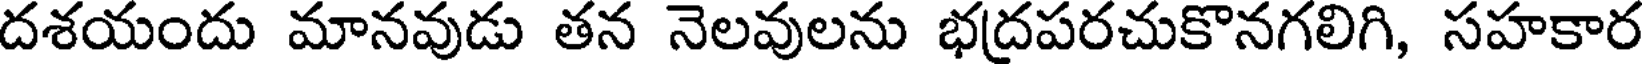
దశయందు మానవుడు తన నెలవులను భద్రపరచుకొనగలిగి, సహకార